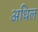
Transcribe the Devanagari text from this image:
अधिल